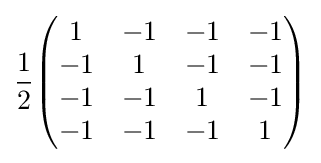
{\frac {1}{2}}{\begin{pmatrix}1&-1&-1&-1\\-1&1&-1&-1\\-1&-1&1&-1\\-1&-1&-1&1\end{pmatrix}}